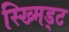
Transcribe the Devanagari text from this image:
स्ख्मिड्ट